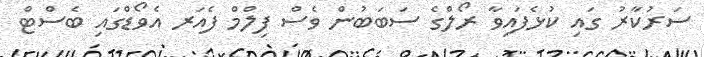
ސަރުކާރު ގައި ކުޅެފައިވާ ރޯލްގެ ސަބަބުން ވެސް ފިލްމް ފެއަރ އެވޯޑްގައި ބެސްޓް